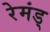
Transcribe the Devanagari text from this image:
रेमंड्